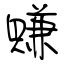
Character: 賺